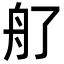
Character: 䑠